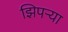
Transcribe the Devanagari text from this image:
झिपऱ्या